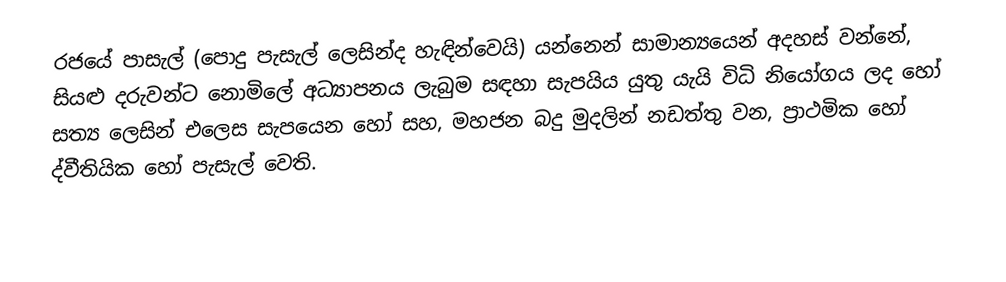
රජයේ පාසැල් (පොදු පැසැල් ලෙසින්ද හැඳින්වෙයි) යන්නෙන් සාමාන්‍යයෙන් අදහස් වන්නේ, සියළු දරුවන්ට නොමිලේ අධ්‍යාපනය ලැබුම සඳහා සැපයිය යුතු යැයි විධි නියෝගය ලද හෝ සත්‍ය ලෙසින් එලෙස සැපයෙන හෝ සහ, මහජන බදු මුදලින්  නඩත්තු වන, ප්‍රාථමික හෝ ද්වීතියික හෝ පැසැල් වෙති.